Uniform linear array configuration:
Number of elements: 8
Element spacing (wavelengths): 1
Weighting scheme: blackman
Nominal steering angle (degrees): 15
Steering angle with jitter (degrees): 13.675
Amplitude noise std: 0.05
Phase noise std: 0.05

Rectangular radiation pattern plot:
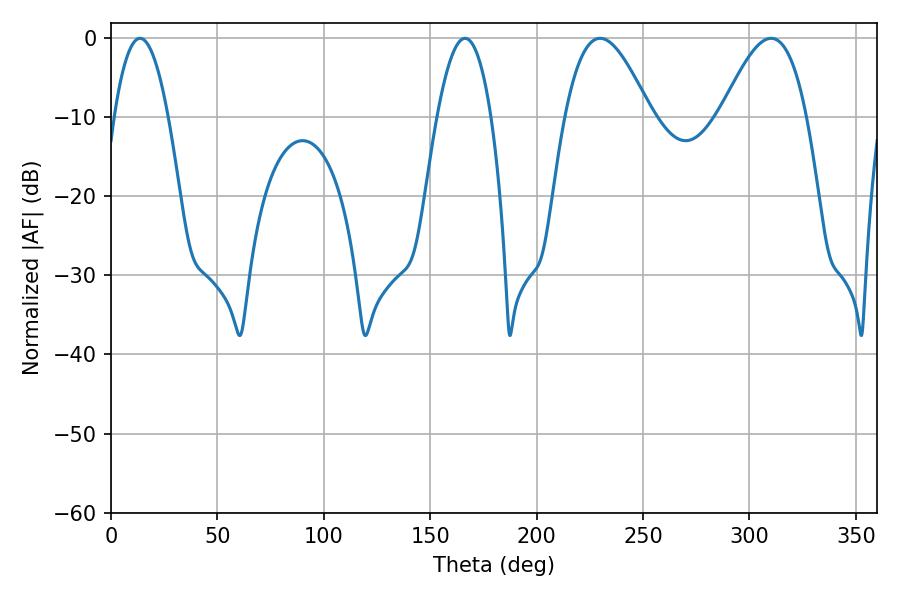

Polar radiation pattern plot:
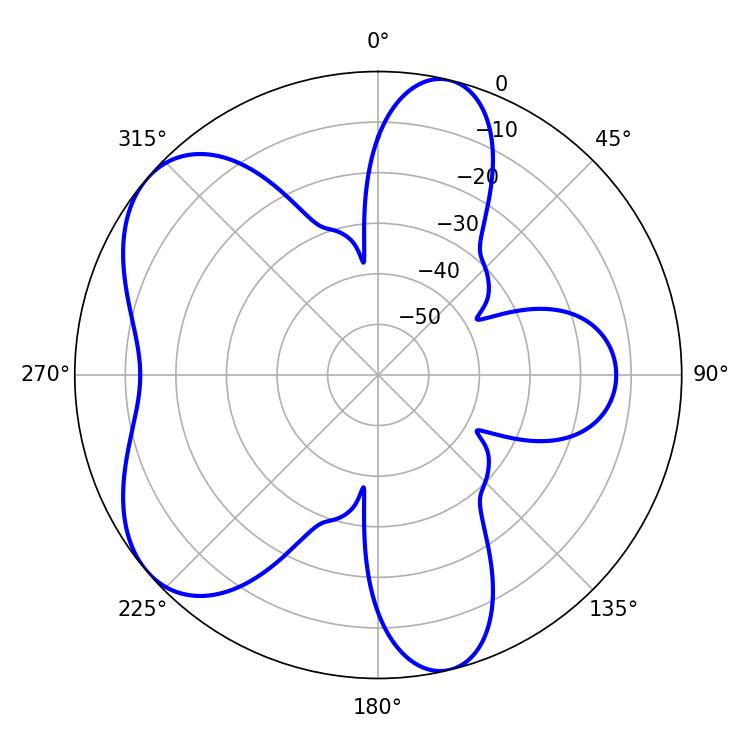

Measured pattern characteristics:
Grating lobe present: TRUE
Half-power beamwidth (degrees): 21.78
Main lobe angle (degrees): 229.86